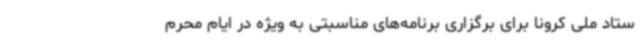
ستاد ملی کرونا برای برگزاری برنامه‌های مناسبتی به ویژه در ایام محرم